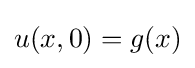
u(x,0)=g(x)